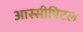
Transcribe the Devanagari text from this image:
आस्सीपिटल